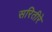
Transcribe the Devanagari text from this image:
सरितीरे